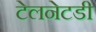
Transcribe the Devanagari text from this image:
टेलनेटडी